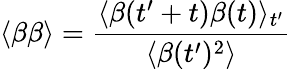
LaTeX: \langle\beta\beta\rangle=\frac{\langle\beta(t^{\prime}+t)\beta(t)\rangle_{t^{\prime}}}{\langle\beta(t^{\prime})^{2}\rangle}